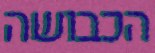
הכבושה